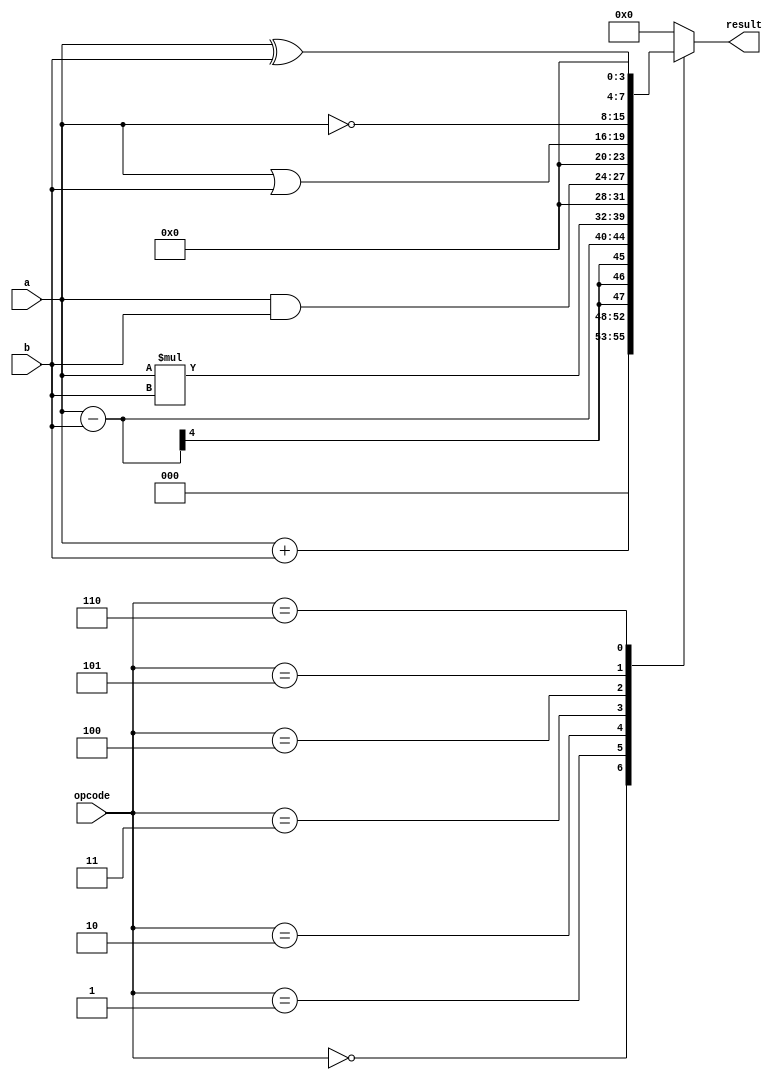
module ALU(
    input [3:0] a,
    input [3:0] b,
    input [2:0] opcode,
    output reg [7:0] result
    );
    
  parameter add = 3'b000,
            sub = 3'b001,
            mul = 3'b010,
            And = 3'b011,
            Or  = 3'b100,
            Not = 3'b101,
            Xor = 3'b110,
            Xnor = 3'b110;
            
    always @ (*)
    begin
        case(opcode)
              add : result = a + b;
              sub : result = a - b;
              mul : result = a * b;
              And : result = a & b;
              Or  : result = a | b;
              Not : result = ~a;
              Xor : result = a ^ b;
             Xnor : result =~ (a ^ b);
          default :  result = 0;
        endcase
    end                     
    
endmodule